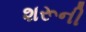
શરૂની